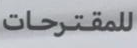
للمقترحات